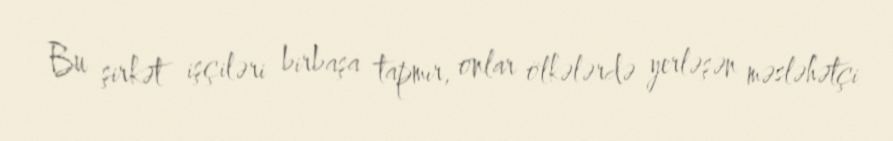
Bu şirkət işçiləri birbaşa tapmır, onlar ölkələrdə yerləşən məsləhətçi